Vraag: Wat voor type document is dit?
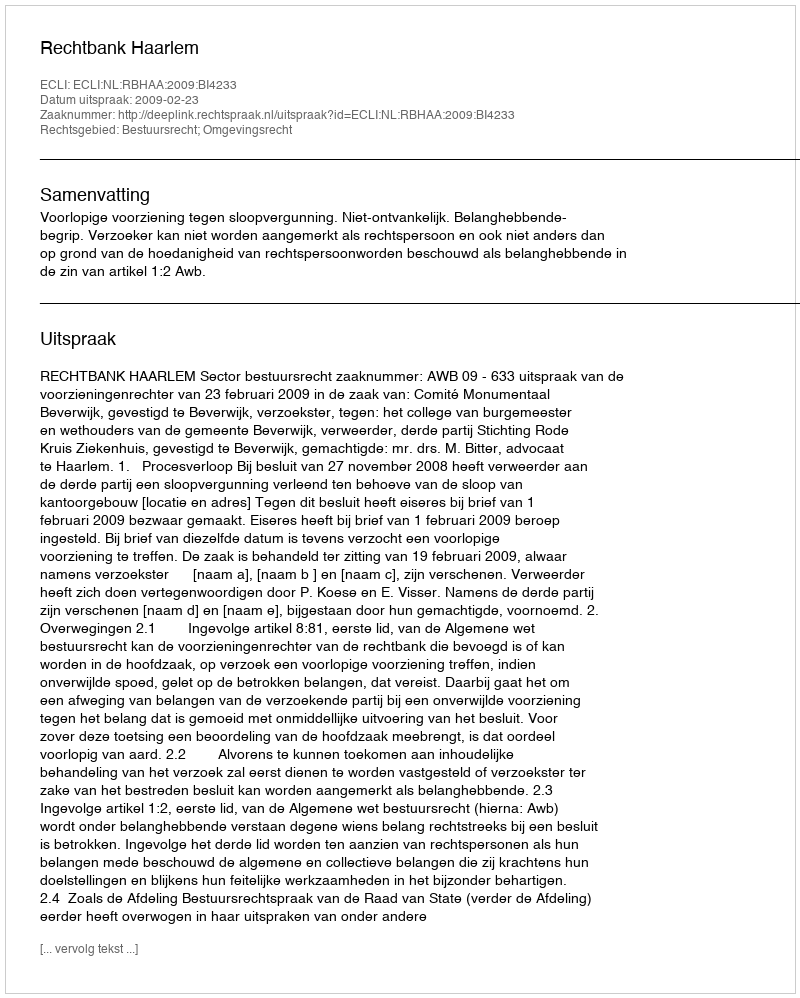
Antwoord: Uitspraak